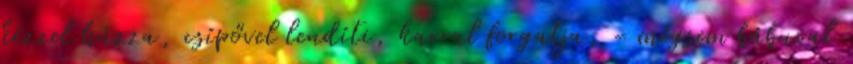
kézzel húzza, csípővel lendíti, karral forgatja, - mégsem bábuval